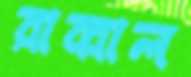
রাব্বাল